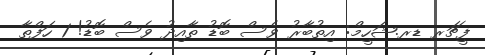
ފީޗަރ ޑރ.ޝަހީމް: އިތުބާރު ވެސް ބޮޑު ތާއިދު ވެސް ބޮޑު! 1 ހަފްތާ